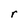
Character: r